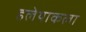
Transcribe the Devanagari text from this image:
हलेयाकला